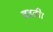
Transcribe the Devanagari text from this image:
बहती।